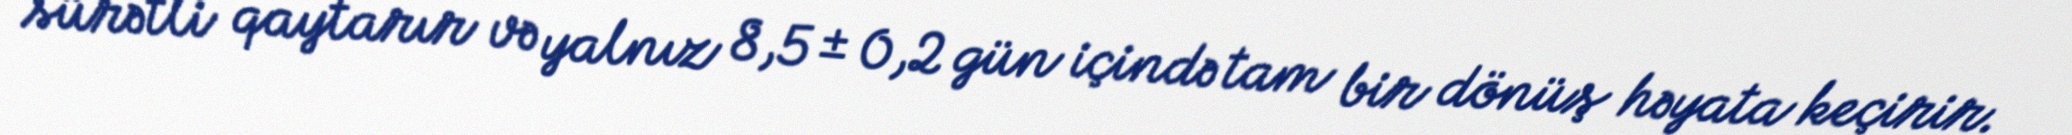
sürətli qaytarır və yalnız 8,5 ± 0,2 gün içində tam bir dönüş həyata keçirir.